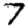
Digit: 7